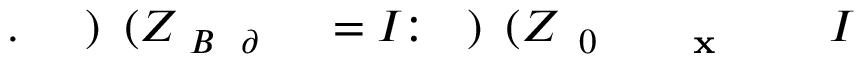
I \! \! \! \! \! \! \! \! \! \! \! \! _ { \! \! \! \! \! \! \! \! \! \! \! \! \mathbf { x } \! \! \! \! \! \! \! \! \! \! \! \! _ { \! } \! \! \! \! \! \! \! \! \! \! \! 0 } \! \! \! \! \! \! \! \! \! \! \! \! ( Z \! \! \! \! \! \! \! \! \! \! \! \! ) \! \! \! \! \! \! \! \! \! \! \! \! : \! \! \! \! \! \! \! \! \! \! \! \! = I \! \! \! \! \! \! \! \! \! \! \! \! _ { \! \! \! \! \! \! \! \! \! \! \! \! \partial \! \! \! \! \! \! \! \! \! \! \! \! B } \! \! \! \! \! \! \! \! \! \! \! \! ( Z \! \! \! \! \! \! \! \! \! \! \! \! ) \! \! \! \! \! \! \! \! \! \! \! \! . \! \! \! \! \! \! \! \! \! \! \!